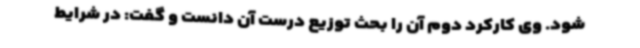
شود. وی کارکرد دوم آن را بحث توزیع درست آن دانست و گفت: در شرایط